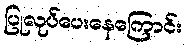
ပြုလုပ်ပေးနေကြောင်း